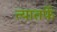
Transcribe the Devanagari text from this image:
त्यातर्फे